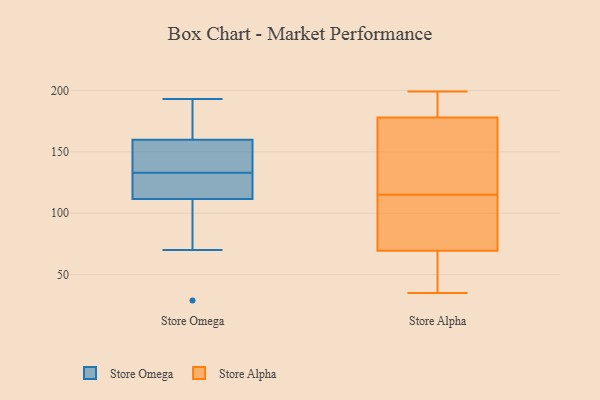
{"axis": {"x": "Gross Profit (USD K)", "y": "Value"}, "legend": ["Store Alpha", "Store Omega"], "data": [{"x": "", "y": 193, "type": "Store Omega"}, {"x": "", "y": 29, "type": "Store Omega"}, {"x": "", "y": 134, "type": "Store Omega"}, {"x": "", "y": 167, "type": "Store Omega"}, {"x": "", "y": 96, "type": "Store Omega"}, {"x": "", "y": 129, "type": "Store Omega"}, {"x": "", "y": 133, "type": "Store Omega"}, {"x": "", "y": 138, "type": "Store Omega"}, {"x": "", "y": 70, "type": "Store Omega"}, {"x": "", "y": 176, "type": "Store Omega"}, {"x": "", "y": 119, "type": "Store Omega"}, {"x": "", "y": 133, "type": "Store Omega"}, {"x": "", "y": 109, "type": "Store Omega"}, {"x": "", "y": 175, "type": "Store Omega"}, {"x": "", "y": 129, "type": "Store Omega"}, {"x": "", "y": 199, "type": "Store Alpha"}, {"x": "", "y": 57, "type": "Store Alpha"}, {"x": "", "y": 40, "type": "Store Alpha"}, {"x": "", "y": 88, "type": "Store Alpha"}, {"x": "", "y": 82, "type": "Store Alpha"}, {"x": "", "y": 177, "type": "Store Alpha"}, {"x": "", "y": 128, "type": "Store Alpha"}, {"x": "", "y": 187, "type": "Store Alpha"}, {"x": "", "y": 102, "type": "Store Alpha"}, {"x": "", "y": 35, "type": "Store Alpha"}, {"x": "", "y": 179, "type": "Store Alpha"}, {"x": "", "y": 151, "type": "Store Alpha"}]}